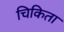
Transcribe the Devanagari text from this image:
चिकिता